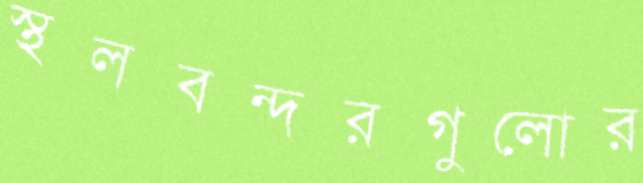
স্থলবন্দরগুলোর